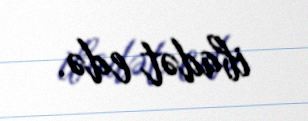
ibadət edə.